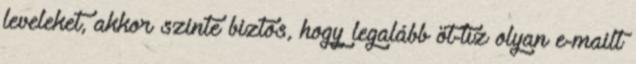
leveleket, akkor szinte biztos, hogy legalább öt-tíz olyan e-mailt